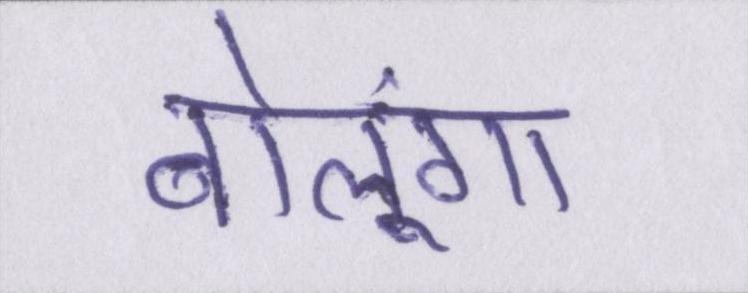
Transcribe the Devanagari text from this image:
बोलूंगा